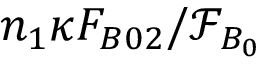
n _ { 1 } \kappa F _ { B 0 2 } / \mathcal { F } _ { B _ { 0 } }